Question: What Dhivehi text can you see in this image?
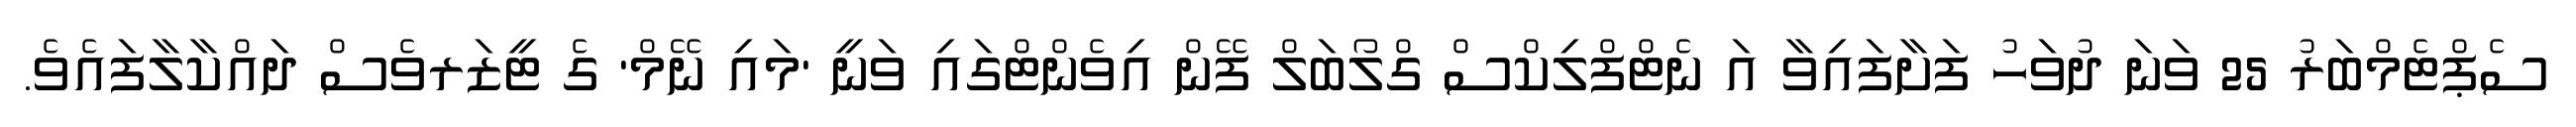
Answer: ސެޕްޓެމްބަރު 25 ވަނަ ދުވަހު ފަށާފައިވާ އަ ނެޓްފްލިކްސް ގްލޯބަލް ފޭން އިވެންޓްގައި ވަނީ 'މައި ނޭމް' ގެ ޓީޒަރވެސް ދައްކާލާފައެވެ.